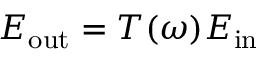
E _ { \mathrm { o u t } } = T ( \omega ) E _ { \mathrm { i n } }